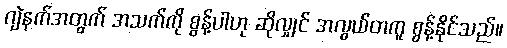
ဂျဲနက်အတွက် အသက်ကို စွန့်ပါဟု ဆိုလျှင် အလွယ်တကူ စွန့်နိုင်သည်။